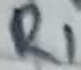
Text: R1